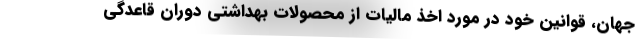
جهان، قوانین خود در مورد اخذ مالیات از محصولات بهداشتی دوران قاعدگی